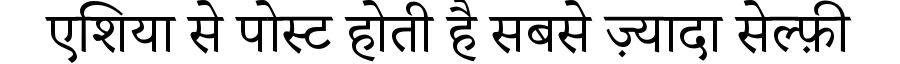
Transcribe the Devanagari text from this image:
एशिया से पोस्ट होती है सबसे ज़्यादा सेल्फ़ी